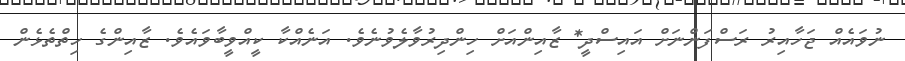
ނުވައެއް ޖަހާއިރު ރަސްފަންނަށް އައިސްދީ* ޒާއިންއަށް ހިންދިރުވާލެވުނެވެ. އަނެއްކާ ކީއްވީބާވައެވެ. ޒާއިންގެ ހިތްތެޅެން